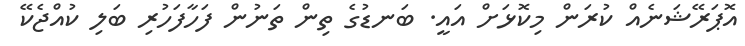
އޮޕަރޭޝަނެއް ކުރަން މިކޮޅަށް އައީ. ބަނޑުގެ ތިން ތަނުން ފަހާފަހުރި ބަލި ކުއްޖެކޭ